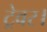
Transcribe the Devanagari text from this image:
ट्रेवर।